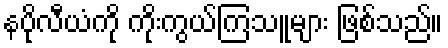
နပိုလီယံကို ကိုးကွယ်ကြသူများ ဖြစ်သည်။